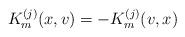
LaTeX: \begin{align*}K_{m}^{(j)}(x,v)=-K_{m}^{(j)}(v,x)\end{align*}